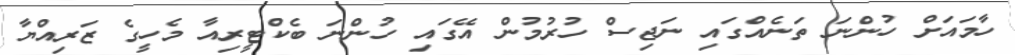
ހާމައަށް ހުންނަ ތަނެއްގައި ނަޖިސް ހުރުމުން އޭގައި ހުންނަ ބެކްޓީރިއާ މެހީގެ ޒަރިއްޔާ